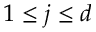
1 \le j \le d